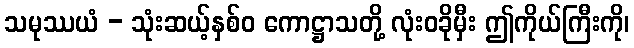
သမုဿယံ - သုံးဆယ့်နှစ်ဝ ကောဋ္ဌာသတို့ လုံးဝခိုမှီး ဤကိုယ်ကြီးကို၊